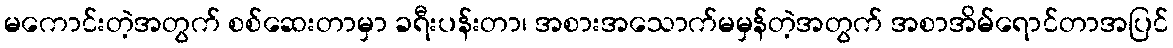
မကောင်းတဲ့အတွက် စစ်ဆေးတာမှာ ခရီးပန်းတာ၊ အစားအသောက်မမှန်တဲ့အတွက် အစာအိမ်ရောင်တာအပြင်